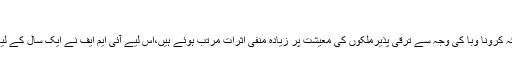
'
شاہ محمود قریشی نے بھی اس حوالے سے واضح کیا کہ کرونا وبا کی وجہ سے ترقی پذیرملکوں کی معیشت پر زیادہ منفی اثرات مرتب ہوئے ہیں،اس لیے آئی ایم ایف نے ایک سال کے لیے ریلیف دیا ہے، رعایت کا اطلاق یکم مئی سے ہو گا۔